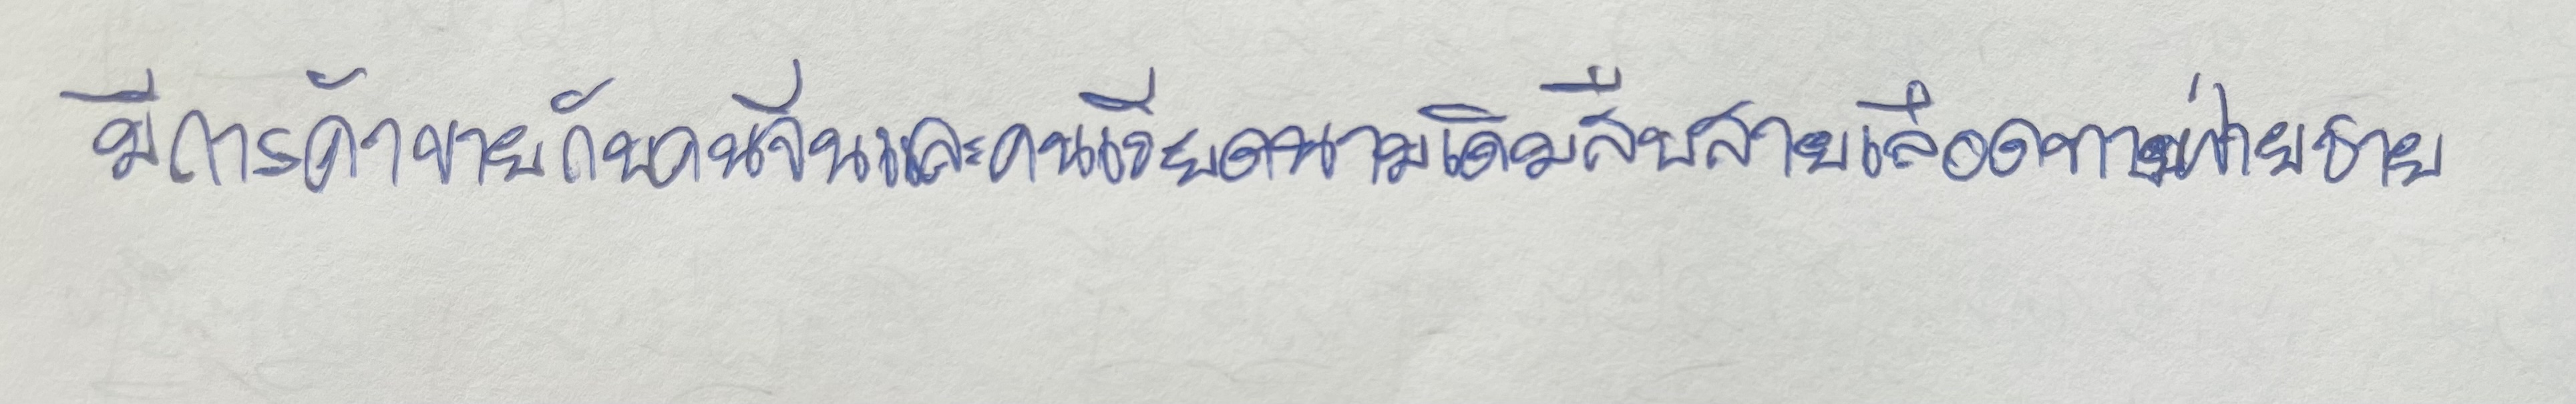
มีการค้าขายกับคนจีนและคนเวียดนามเดิมสืบสายเลือดทางฝ่ายชาย